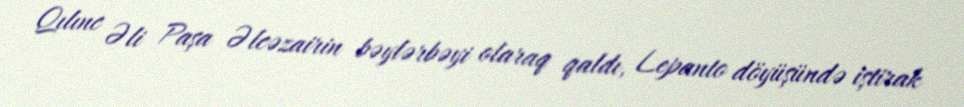
Qılınc Əli Paşa Əlcəzairin bəylərbəyi olaraq qaldı, Lepanto döyüşündə iştirak